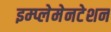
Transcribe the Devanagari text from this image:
इम्प्लेमेनटेशन